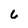
Character: 6